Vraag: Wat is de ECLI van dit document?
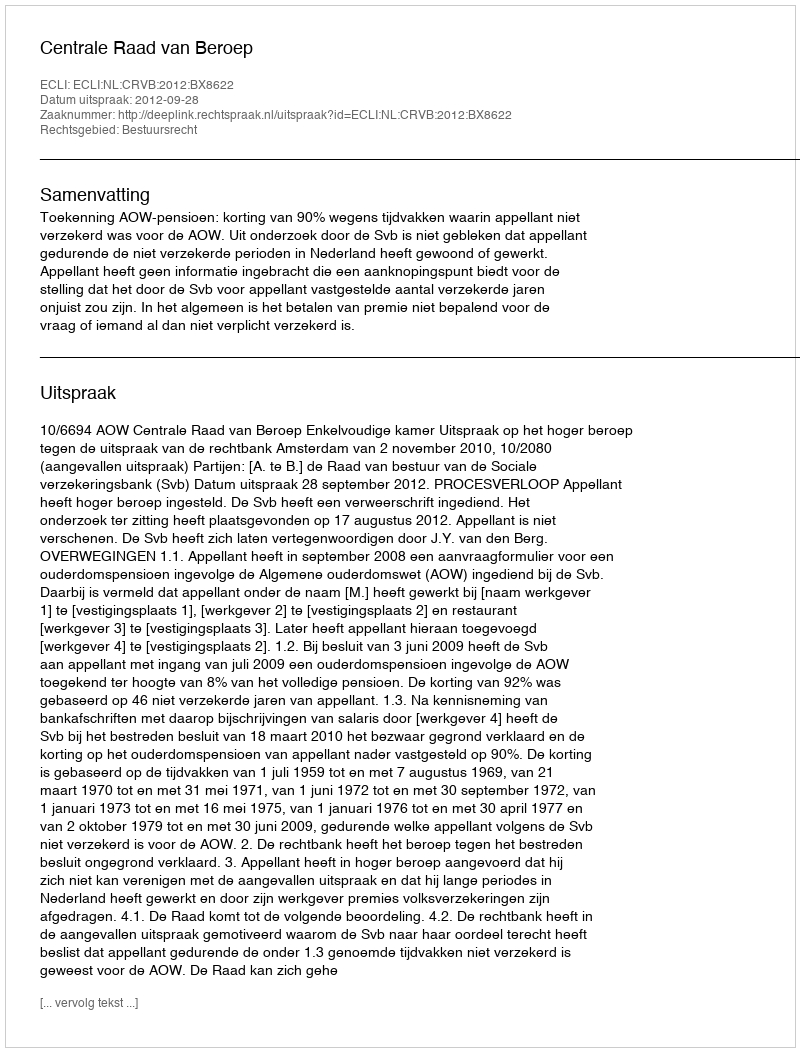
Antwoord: ECLI:NL:CRVB:2012:BX8622